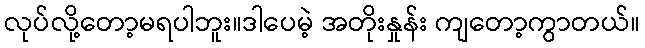
လုပ်လို့တော့မရပါဘူး။ဒါပေမဲ့ အတိုးနှုန်း ကျတော့ကွာတယ်။